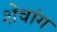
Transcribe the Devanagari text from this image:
शेवांग